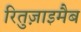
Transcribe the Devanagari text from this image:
रितुज़ाइमैब